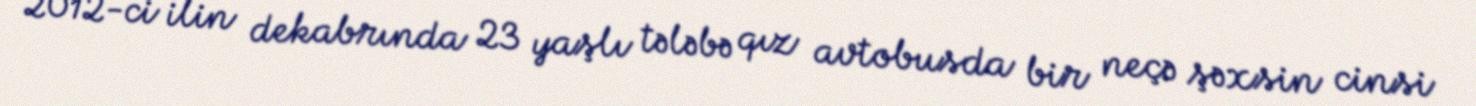
2012-ci ilin dekabrında 23 yaşlı tələbə qız avtobusda bir neçə şəxsin cinsi